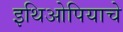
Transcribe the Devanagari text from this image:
इथिओपियाचे